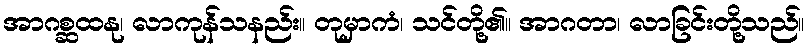
အာဂစ္ဆထနု၊ လာကုန်သနည်း။ တုမှာကံ၊ သင်တို့၏။ အာဂတာ၊ လာခြင်းတို့သည်။